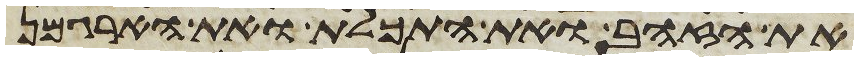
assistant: את הזהב ואת התכלת ואת הארגמן